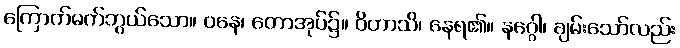
ကြောက်မက်ဘွယ်သော။ ဝနေ၊ တောအုပ်၌။ ဝိဟာသိ၊ နေရ၏။ နဂ္ဂေါ၊ ချမ်းသော်လည်း